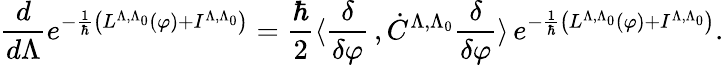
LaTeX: \frac{d}{d\Lambda}e^{-\frac{1}{\hbar}\left(L^{\Lambda,\Lambda_{0}}(\varphi)+I^{\Lambda,\Lambda_{0}}\right)}=\frac{\hbar}{2}\langle\frac{\delta}{\delta\varphi}\, ,\dot{C}^{\Lambda,\Lambda_{0}}\frac{\delta}{\delta\varphi}\rangle\, e^{-\frac{1}{\hbar}\left(L^{\Lambda,\Lambda_{0}}(\varphi)+I^{\Lambda,\Lambda_{0}}\right)}.